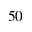
5 0